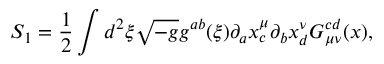
S _ { 1 } = \frac { 1 } { 2 } \int d ^ { 2 } \xi \sqrt { - g } g ^ { a b } ( \xi ) \partial _ { a } x _ { c } ^ { \mu } \partial _ { b } x _ { d } ^ { \nu } G _ { \mu \nu } ^ { c d } ( x ) ,